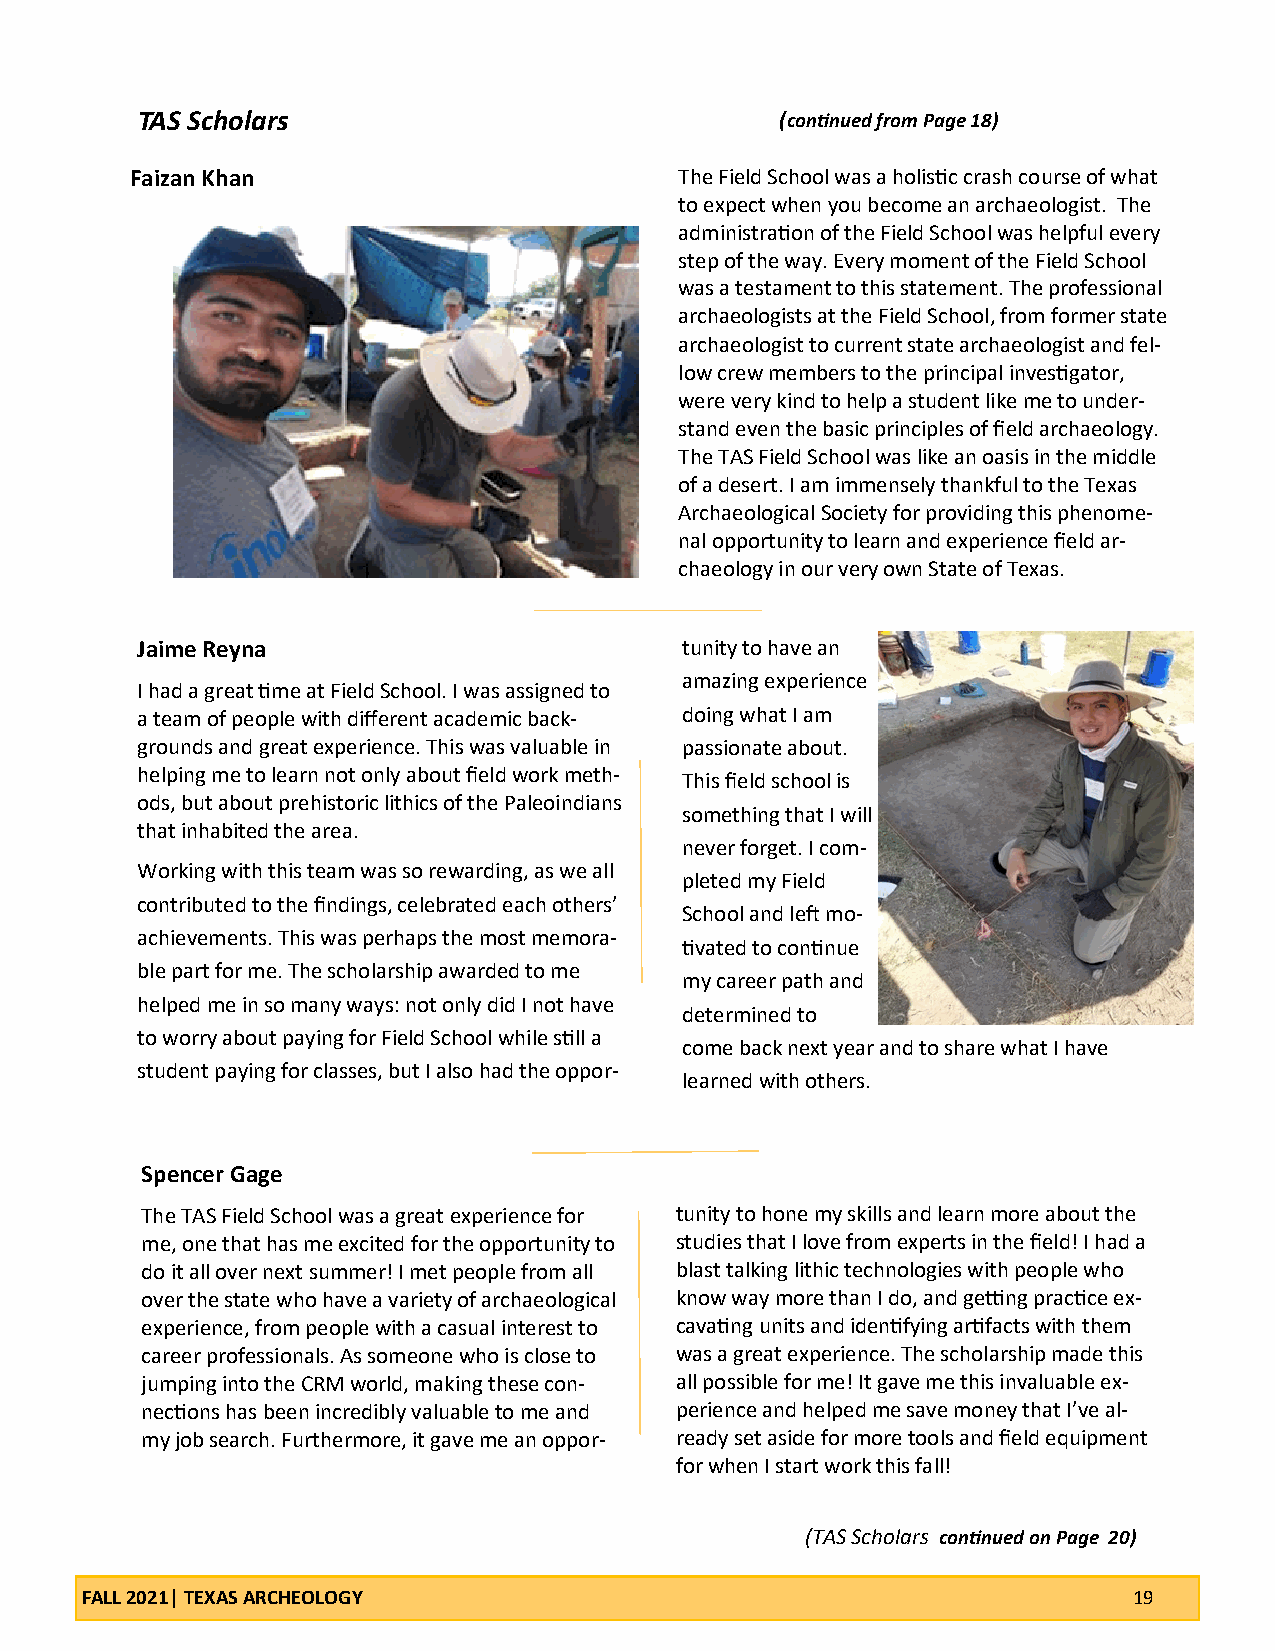
TAS Scholars                               (continued from Page 18)
 Faizan Khan                         The Field School was a holistic crash course of what
 to expect when you become an archaeologist. The
 administration of the Field School was helpful every
 step of the way. Every moment of the Field School
 was a testament to this statement. The professional
 archaeologists at the Field School, from former state
 archaeologist to current state archaeologist and fel-
 low crew members to the principal investigator,
 were very kind to help a student like me to under-
 stand even the basic principles of field archaeology.
 The TAS Field School was like an oasis in the middle
 of a desert. I am immensely thankful to the Texas
 Archaeological Society for providing this phenome-
 nal opportunity to learn and experience field ar-
 chaeology in our very own State of Texas.
 Jaime Reyna                         tunity to have an
 amazing experience
 I had a great time at Field School. I was assigned to
 a team of people with different academic back- doing what I am
 grounds and great experience. This was valuable in passionate about.
 helping me to learn not only about field work meth- This field school is
 ods, but about prehistoric lithics of the Paleoindians
 something that I will
 that inhabited the area.
 never forget. I com-
 Working with this team was so rewarding, as we all
 pleted my Field
 contributed to the findings, celebrated each others’
 School and left mo-
 achievements. This was perhaps the most memora-
 tivated to continue
 ble part for me. The scholarship awarded to me
 my career path and
 helped me in so many ways: not only did I not have
 determined to
 to worry about paying for Field School while still a
 come back next year and to share what I have
 student paying for classes, but I also had the oppor-
 learned with others.
 Spencer Gage
 The TAS Field School was a great experience for tunity to hone my skills and learn more about the
 me, one that has me excited for the opportunity to studies that I love from experts in the field! I had a
 do it all over next summer! I met people from all blast talking lithic technologies with people who
 over the state who have a variety of archaeological know way more than I do, and getting practice ex-
 experience, from people with a casual interest to cavating units and identifying artifacts with them
 career professionals. As someone who is close to was a great experience. The scholarship made this
 jumping into the CRM world, making these con- all possible for me! It gave me this invaluable ex-
 nections has been incredibly valuable to me and perience and helped me save money that I’ve al-
 my job search. Furthermore, it gave me an oppor- ready set aside for more tools and field equipment
 for when I start work this fall!
 (TAS Scholars continued on Page 20)
 FALL 2021| TEXAS ARCHEOLOGY                                           19